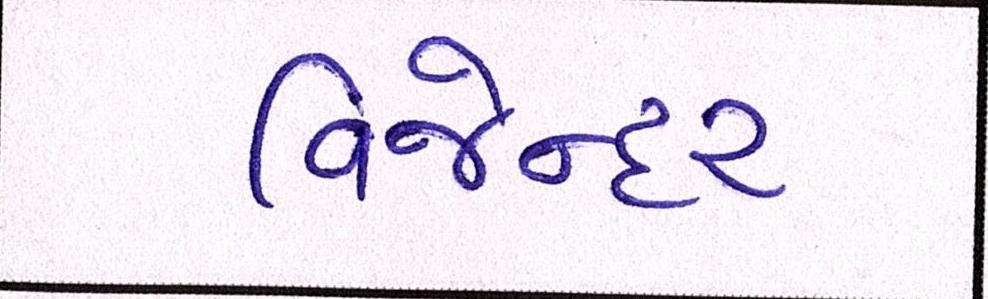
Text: વિજેન્દર